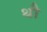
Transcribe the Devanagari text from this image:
थौ